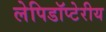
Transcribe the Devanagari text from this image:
लेपिडॉप्टेरीय